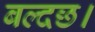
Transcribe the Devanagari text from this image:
बल्दछ।